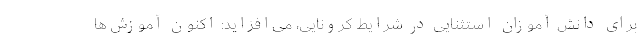
برای دانش آموزان استثنایی در شرایط کرونایی، می‌افزاید: اکنون آموزش‌ها